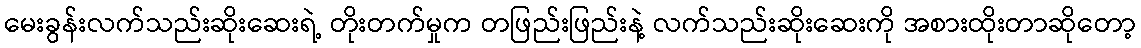
မေးခွန်းလက်သည်းဆိုးဆေးရဲ့ တိုးတက်မှုက တဖြည်းဖြည်းနဲ့ လက်သည်းဆိုးဆေးကို အစားထိုးတာဆိုတော့